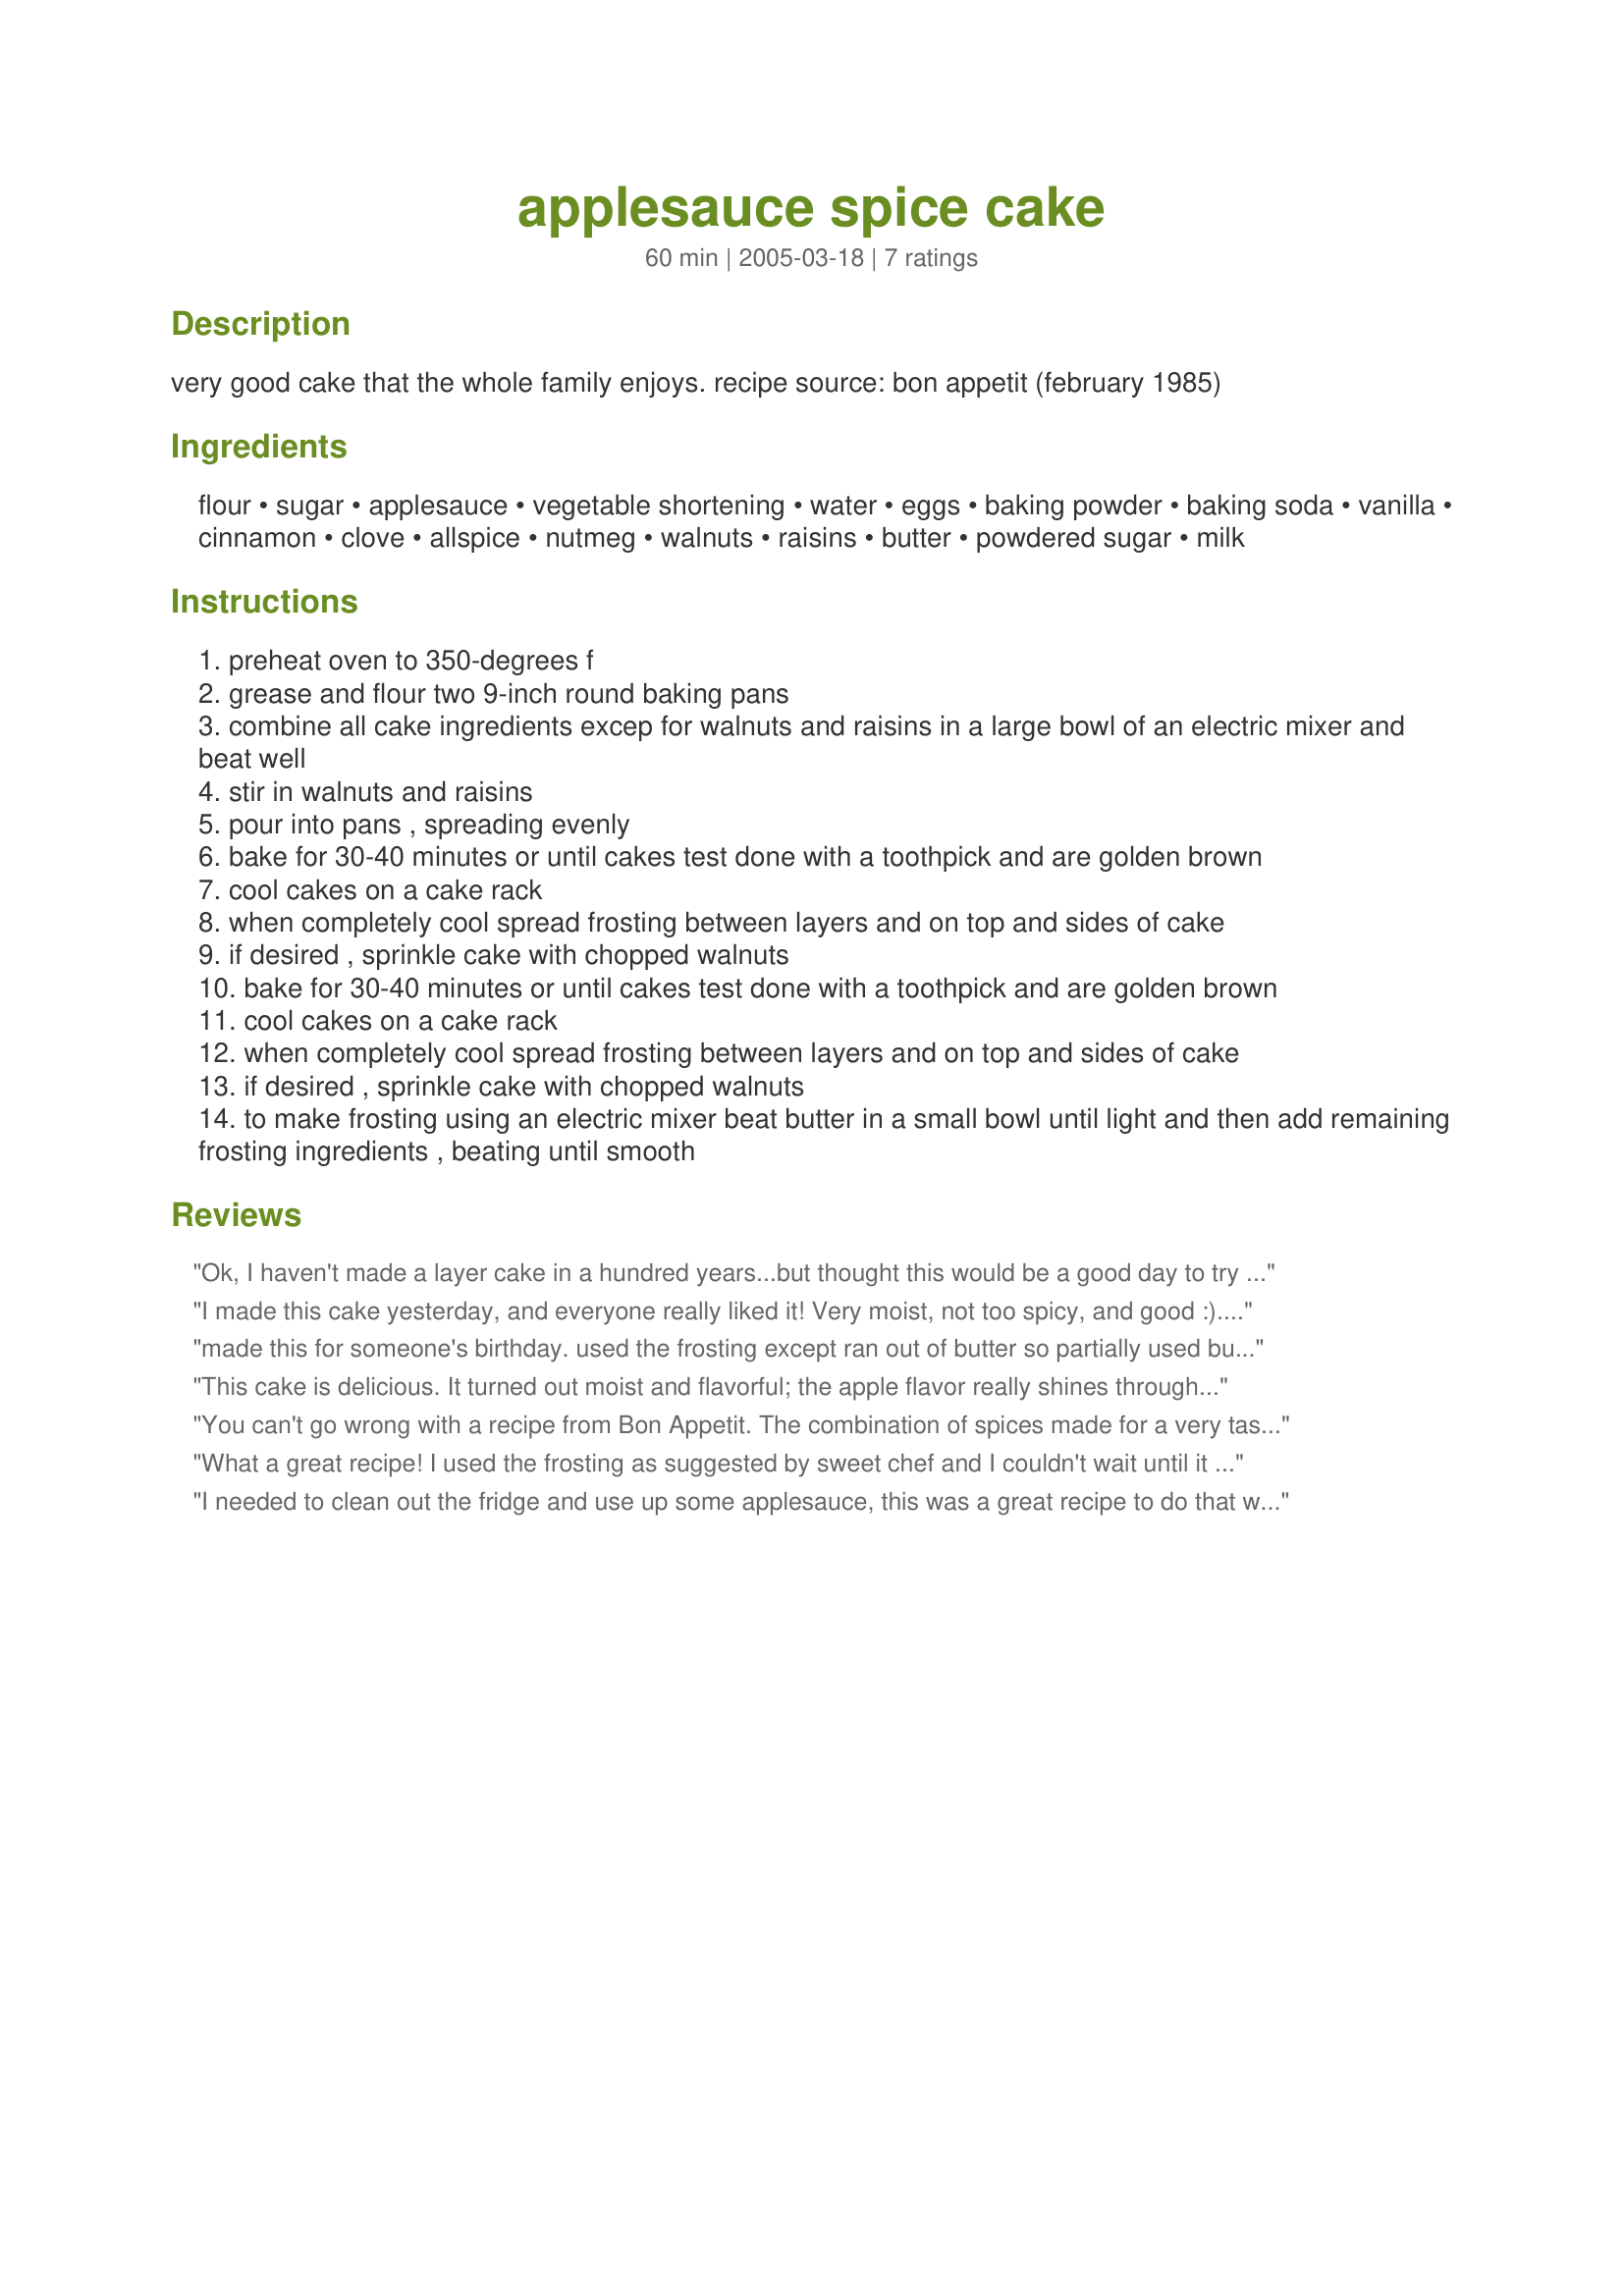
applesauce spice cake
Preparation time: 60 minutes

very good cake that the whole family enjoys. recipe source: bon appetit (february 1985)

Ingredients:
flour, sugar, applesauce, vegetable shortening, water, eggs, baking powder, baking soda, vanilla, cinnamon, clove, allspice, nutmeg, walnuts, raisins, butter, powdered sugar, milk

Steps:
preheat oven to 350-degrees f
grease and flour two 9-inch round baking pans
combine all cake ingredients excep for walnuts and raisins in a large bowl of an electric mixer and beat well
stir in walnuts and raisins
pour into pans , spreading evenly
bake for 30-40 minutes or until cakes test done with a toothpick and are golden brown
cool cakes on a cake rack
when completely cool spread frosting between layers and on top and sides of cake
if desired , sprinkle cake with chopped walnuts
bake for 30-40 minutes or until cakes test done with a toothpick and are golden brown
cool cakes on a cake rack
when completely cool spread frosting between layers and on top and sides of cake
if desired , sprinkle cake with chopped walnuts
to make frosting using an electric mixer beat butter in a small bowl until light and then add remaining frosting ingredients , beating until smooth

Reviews:
Ok, I haven't made a layer cake in a hundred years...but thought this would be a good day to try this recipe. Man oh man!!! What a fantastic cake! And it came out BEAUTIFUL! I was so pleased. Simple to put together, I did double the spices, I'm a spicy girl, yea right..LOL and it was perfect. Iced with cream cheese frosting. This will be a favorite around here. Thanks for sharing with us.
I made this cake yesterday, and everyone really liked it! Very moist, not too spicy, and good :). Also, witout the frosting, this cake is probabaly lower in fat since it uses alot of applesauce. The spice amounts didn't seem like enough, so I doubled all of the ground spices, and it was perfect! I used cream cheese frosting (recipe #26442) to frost it, and together they were great. Thanks for posting this great recipe!
made this for someone's birthday. used the frosting except ran out of butter so partially used butter flavor crisco, which tasted great.
This cake is delicious. It turned out moist and flavorful; the apple flavor really shines through. I attempted to make the cake recipe as stated with no alterations, only to discover 10 minutes into baking that I had forgotten to add the raisins and nuts. I baked it in a 9x13 pan for 31 minutes. I used a cream cheese icing which complemented the cake perfectly.
You can't go wrong with a recipe from Bon Appetit. The combination of spices made for a very tasty and delicious cake that was moist as well. I baked it in a sheet pan and cut it into squares and topped it with sweetened whipped cream. Yum! Thanks so much for sharing this fabulous recipe, Ellie.
What a great recipe! I used the frosting as suggested by sweet chef and I couldn't wait until it was cool so I drizzled the frosting on anyway and ate it warm! Just yummy..
I needed to clean out the fridge and use up some applesauce, this was a great recipe to do that with. Next time I will increase the spices just a bit. Frosted this with a caramel topping and am giving it to a friend who is a student with four hungry teenagers. I'm sure it will be gone before tomorrow.
